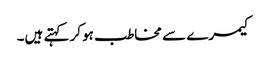
کیمرے سے مخاطب ہوکر کہتے ہیں۔